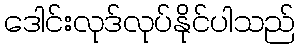
ဒေါင်းလုဒ်လုပ်နိုင်ပါသည်